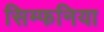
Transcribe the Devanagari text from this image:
सिम्फनिया